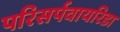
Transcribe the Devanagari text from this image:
परिसर्पवायरिडा